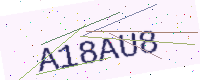
Text: A18AU8